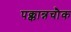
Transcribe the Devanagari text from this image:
पक्कान्नचौक